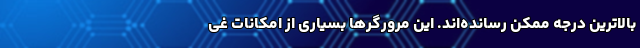
بالاترین درجه ممکن رسانده‌اند. این مرورگر‌ها بسیاری از امکانات غی